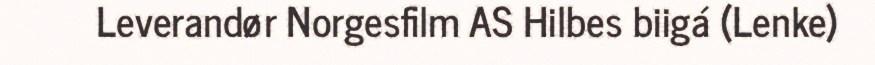
Leverandør Norgesfilm AS Hilbes biigá (Lenke)